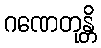
ဂဏေတုန္တိ